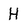
Character: H